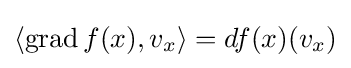
\langle \operatorname {grad} f(x),v_{x}\rangle =df(x)(v_{x})